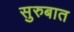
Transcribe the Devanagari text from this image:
सुरुबात